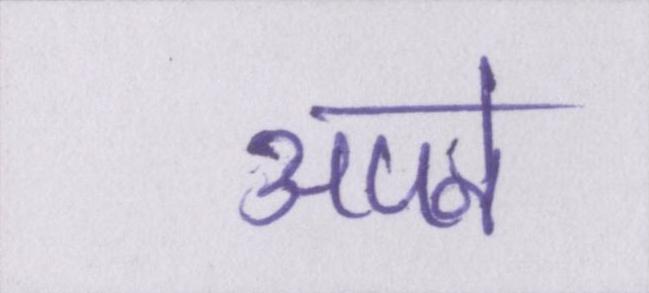
अपने